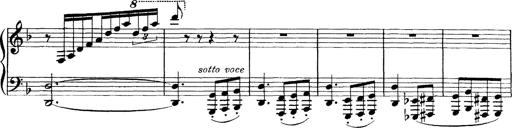
Title: Scherzo und Marsch
Composer: Franz Liszt